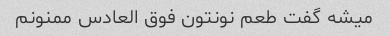
میشه گفت طعم نونتون فوق العادس ممنونم